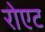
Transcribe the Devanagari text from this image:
रोएट